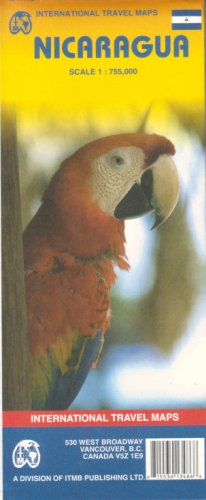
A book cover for Nicaragua 1:755,000 Travel Map; ITM Canada; Travel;